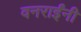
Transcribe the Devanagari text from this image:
वनराईंनी